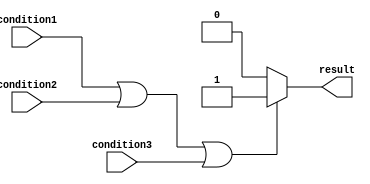
module if_else_logical_or(
    input wire condition1,
    input wire condition2,
    input wire condition3,
    output reg result
);

always @ (*)
begin
    if (condition1 || condition2 || condition3) begin
        // Action or behavior to be executed when any of the conditions are met
        result <= 1'b1;
    end
    else begin
        // Default action or behavior when none of the conditions are met
        result <= 1'b0;
    end
end

endmodule